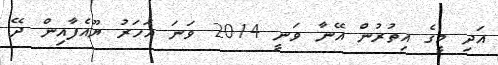
އަދި މީގެ އިތުރުން އޭނާ ވަނީ 2014 ވަނަ އަހަރު ޔޫއެފާއިން ދޭ